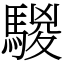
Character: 騣